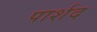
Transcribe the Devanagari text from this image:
पार्शद